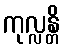
ကုလ္လန္တိ